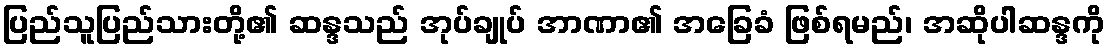
ပြည်သူပြည်သားတို့၏ ဆန္ဒသည် အုပ်ချုပ် အာဏာ၏ အခြေခံ ဖြစ်ရမည်၊ အဆိုပါဆန္ဒကို